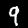
Digit: 9